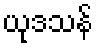
ယုဒသန်